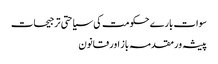
سوات بارے حکومت کی سیاحتی ترجیحات
پیشہ ور مقدمہ باز اور قانون